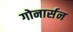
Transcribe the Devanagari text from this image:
गोनार्सन